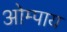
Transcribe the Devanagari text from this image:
ओम्पाय